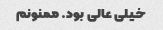
خیلی عالی بود. ‌ممنونم